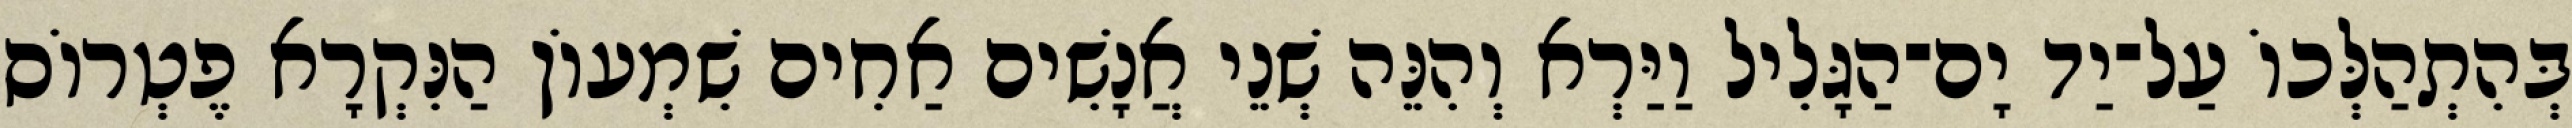
בְּהִתְהַלְּכוֹ עַל־יַד יָם־הַגָּלִיל וַיַּרְא וְהִנֵּה שְׁנֵי אֲנָשִׁים אַחִים שִׁמְעוֹן הַנִּקְרָא פֶטְרוֹס